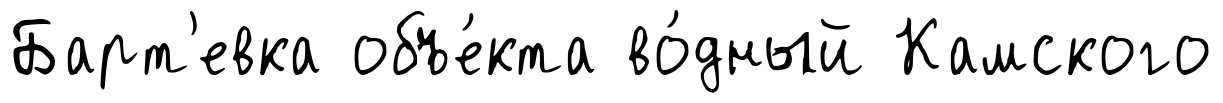
Барт'евка объе́кта во́дный Камского